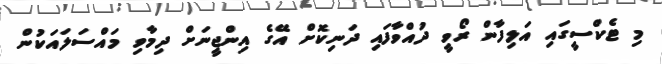
މި ޓެކްސީގައި އަލިފާން ރޯވީ ދުއްވާފައި ދަނިކޮށް އޭގެ އިންޖީނަށް ދިމާވި މައްސަަލައަކުން